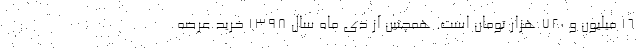
۱۶ میلیون و ۷۲۰ هزار تومان است. همچنین از دی ماه سال ۱۳۹۸ خرید عرصه